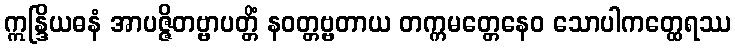
ဣန္ဒြိယဓနံ အာပဇ္ဇိတဗ္ဗာပတ္တိံ နဝတ္တဗ္ဗတာယ တက္ကမတ္တေနေဝ သောပါကတ္ထေရဿ